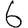
Digit: 6